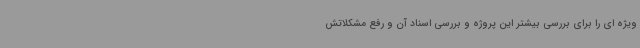
ویژه ای را برای بررسی بیشتر این پروژه و بررسی اسناد آن و رفع مشکلاتش